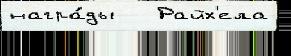
награ́ды   Райх'ела